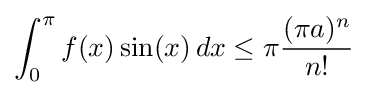
\int _{0}^{\pi }f(x)\sin(x)\,dx\leq \pi {\frac {(\pi a)^{n}}{n!}}